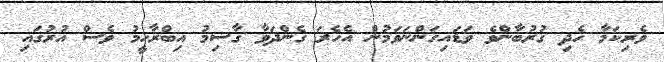
ވެރިކަމާ ހެދި ގުރުބާންވެ ވަޑައިގަންނަވަމުން އެހެރަ ގެންދަވާ ގާސިމު އިބްރާހީމު ވެސް އުރުގައި